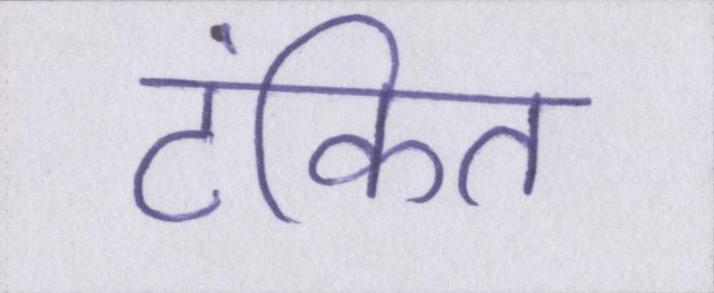
टंकित